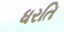
ધરતિ